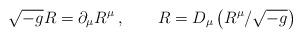
LaTeX: \begin{align*}\sqrt{-g} R = \partial_\mu R^\mu \>, \qquad R = D_\mu \left( R^\mu / \sqrt{-g} \right)\end{align*}